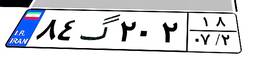
۱۳گ۴۵۴۶۶